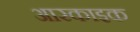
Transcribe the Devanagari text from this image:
आरकाइक